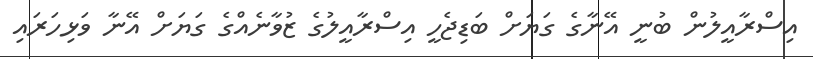
އިސްރާއީލުން ބުނީ އޭނާގެ ގަޔަށް ބަޑިޖެހީ އިސްރާއީލުގެ ޒުވާނެއްގެ ގަޔަށް އޭނާ ވަޅިހަރައި